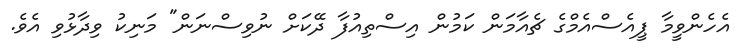
އެހެންވީމާ ޕީއެސްއެމްގެ ޗެއާމަން ކަމުން އިސްތިއުފާ ދޭކަށް ނުވިސްނަން" މަނިކު ވިދާޅުވި އެވެ.